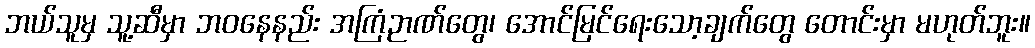
ဘယ်သူမှ သူ့ဆီမှာ ဘဝနေနည်း အကြံဉာဏ်တွေ၊ အောင်မြင်ရေးသော့ချက်တွေ တောင်းမှာ မဟုတ်ဘူး။